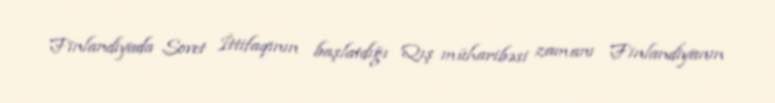
Finlandiyada Sovet İttifaqının başlatdığı Qış müharibəsi zamanı Finlandiyanın